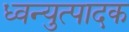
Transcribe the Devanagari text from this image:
ध्वन्युत्पादक